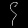
Digit: ၄